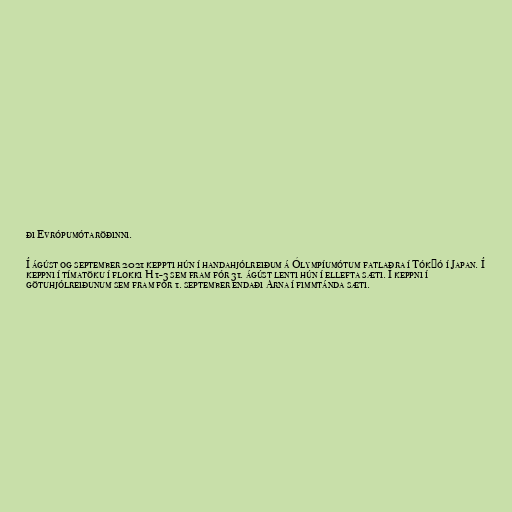
ði Evrópumótaröðinni.

Í ágúst og september 2021 keppti hún í handahjólreiðum á Ólympíumótum fatlaðra í Tókýó í Japan. Í
keppni í tímatöku í flokki H 1-3 sem fram fór 31. ágúst lenti hún í ellefta sæti. Í keppni í
götuhjólreiðunum sem fram fór 1. september endaði Arna í fimmtánda sæti.